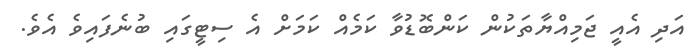
އަދި އެއީ ޖަމިއްޔާތަކުން ކަންބޮޑުވާ ކަމެއް ކަމަށް އެ ސިޓީގައި ބުނެފައިވެ އެވެ.